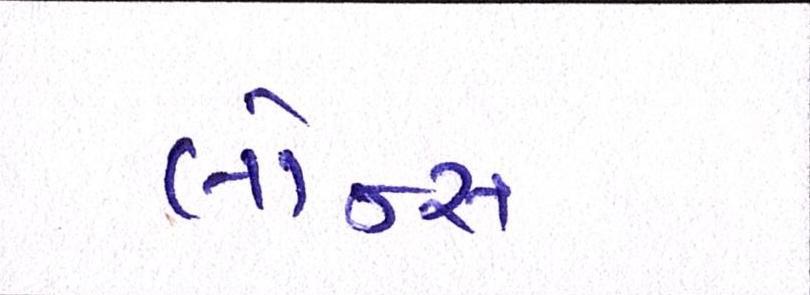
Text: લૉન્ચ